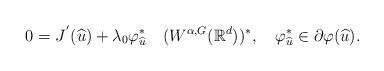
LaTeX: \begin{align*}0=J^{'}(\widehat{u})+\lambda_0 \varphi^*_{\widehat{u}}\ \ \ (W^{\alpha,G}(\mathbb{R}^d))^*,\ \ \ \varphi^*_{\widehat{u}}\in \partial\varphi(\widehat{u}).\end{align*}